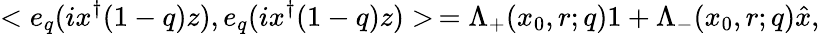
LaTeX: <e_{q}(ix^{\dagger}(1-q)z),e_{q}(ix^{\dagger}(1-q)z)>\, =\Lambda_{+}(x_{0},r;q)1+\Lambda_{-}(x_{0},r;q)\hat{x},